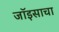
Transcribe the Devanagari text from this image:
जॉइसाचा